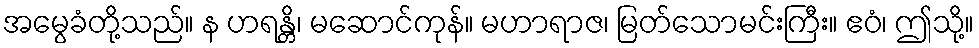
အမွေခံတို့သည်။ န ဟရန္တိ၊ မဆောင်ကုန်။ မဟာရာဇ၊ မြတ်သောမင်းကြီး။ ဧဝံ၊ ဤသို့။